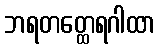
ဘရတတ္ထေရဂါထာ